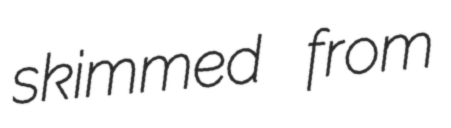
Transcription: skimmed from